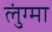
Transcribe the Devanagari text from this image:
लुंग्मा